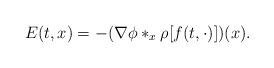
LaTeX: \begin{align*} E(t,x)= - (\nabla \phi *_x \rho[f(t,\cdot)])(x).\end{align*}